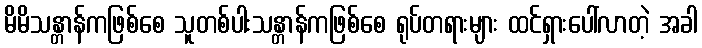
မိမိသန္တာန်ကဖြစ်စေ သူတစ်ပါးသန္တာန်ကဖြစ်စေ ရုပ်တရားများ ထင်ရှားပေါ်လာတဲ့ အခါ